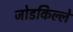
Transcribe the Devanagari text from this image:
जोडकिल्ले